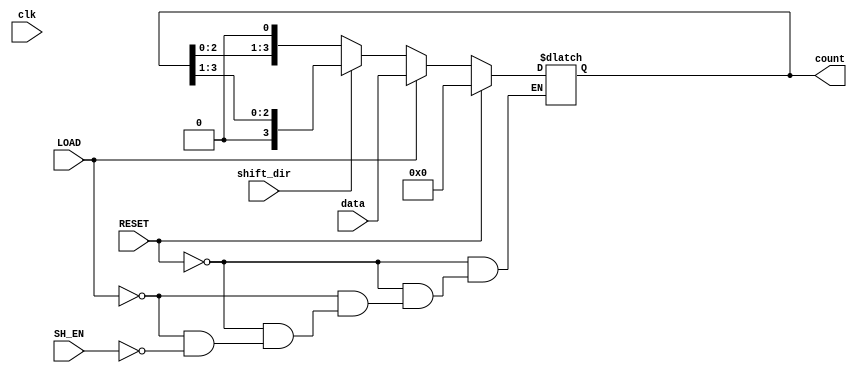
module async_shift_counter (
    input wire clk,
    input wire SH_EN,      // Shift Enable
    input wire LOAD,       // Load new value
    input wire RESET,      // Reset the counter
    input wire [3:0] data, // Data input for loading
    input wire shift_dir,  // Shift direction: 0 for left, 1 for right
    output reg [3:0] count // Current count value
);

// Asynchronous reset and load logic
always @(*) begin
    if (RESET) begin
        count = 4'b0000; // Reset the counter to 0
    end else if (LOAD) begin
        count = data; // Load the new value into the counter
    end else if (SH_EN) begin
        if (shift_dir == 1'b0) begin
            // Shift left
            count = {count[2:0], 1'b0}; // Shift left and fill with 0
        end else begin
            // Shift right
            count = {1'b0, count[3:1]}; // Shift right and fill with 0
        end
    end
end

endmodule